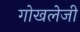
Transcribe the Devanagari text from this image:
गोखलेजी